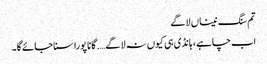
تم سنگ نیناں لاگے
اب چاہے، ہانڈی ہی کیوں نہ لا گے …. گانا پورا سنا جائے گا۔